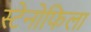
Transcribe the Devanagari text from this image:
स्टेनोफिला